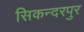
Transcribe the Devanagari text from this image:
सिकन्‍दरपुर